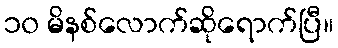
၁၀ မိနစ်လောက်ဆိုရောက်ပြီ။